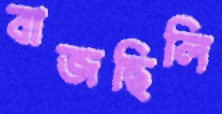
বাজছিলি